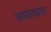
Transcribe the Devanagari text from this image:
आपल्यातच